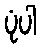
ပုံပါ